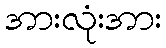
အားလုံးအား